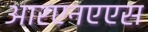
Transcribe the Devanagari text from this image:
आरएनएएस